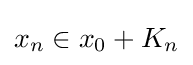
x_{n}\in x_{0}+K_{n}